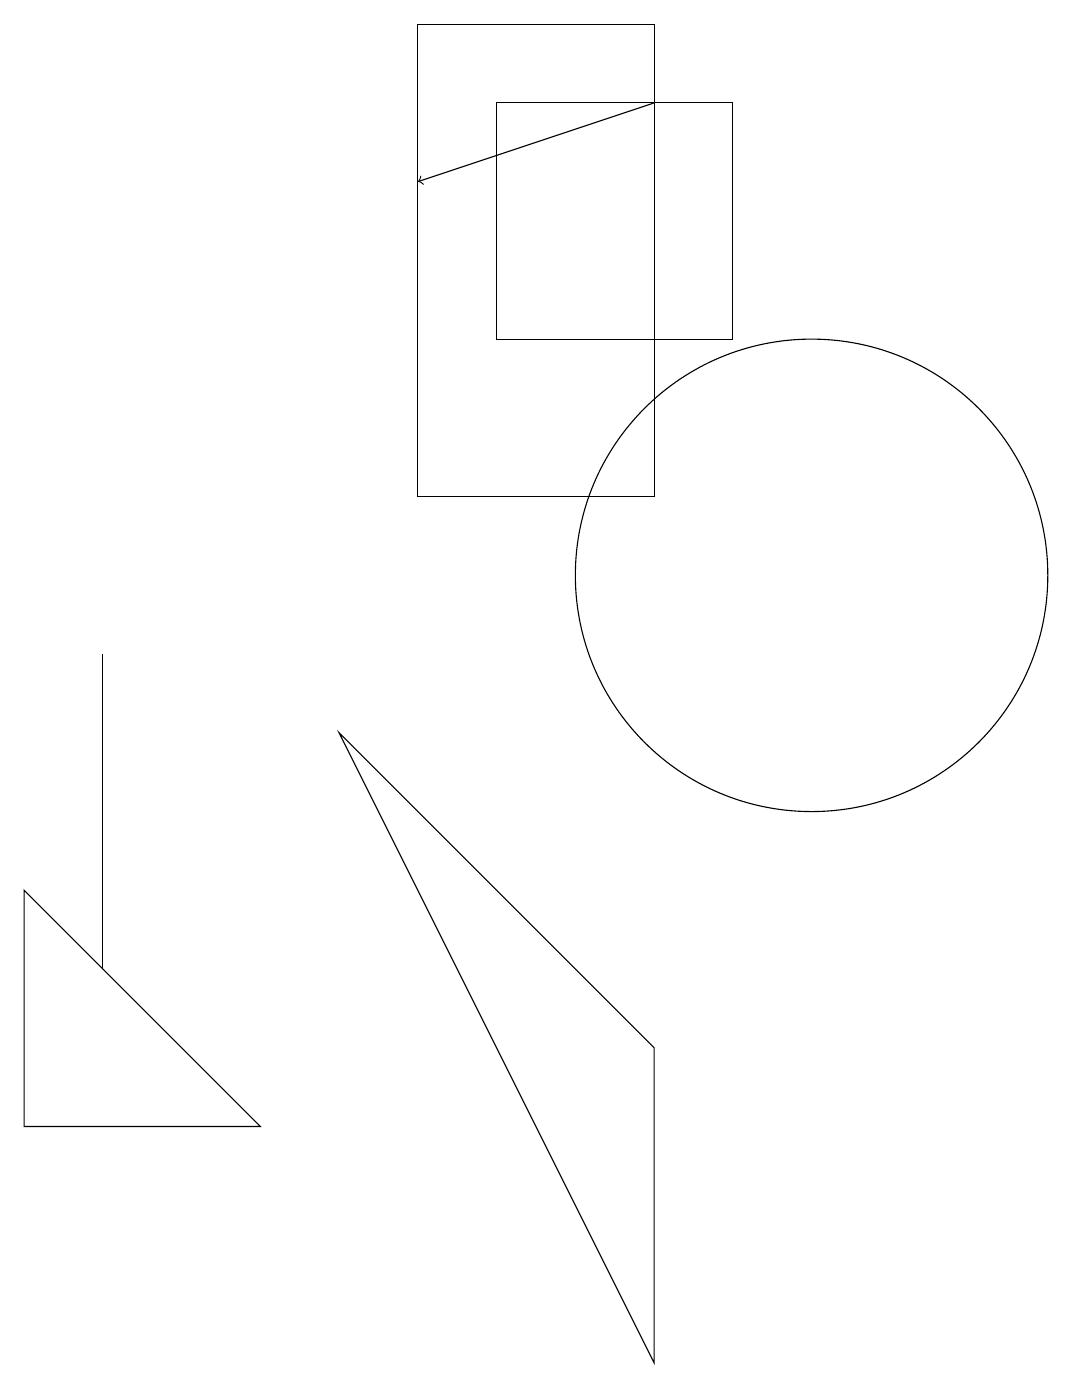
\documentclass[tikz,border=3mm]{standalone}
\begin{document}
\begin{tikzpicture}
\draw[->] (8,16) -- (5,15);
\draw (10,10) circle (3);
\draw (6,16) rectangle (9,13);
\draw (0,3) -- (0,6) -- (3,3) -- cycle;
\draw (8,0) -- (4,8) -- (8,4) -- cycle;
\draw (1,9) -- (1,5) -- (1,7) -- cycle;
\draw (8,11) rectangle (5,17);
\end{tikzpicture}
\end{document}